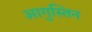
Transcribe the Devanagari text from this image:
आगुस्तिन